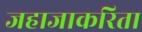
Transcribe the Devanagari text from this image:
जहाजाकरिता